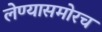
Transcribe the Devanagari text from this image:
लेण्यासमोरच